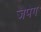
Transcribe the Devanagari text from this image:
जेपेग